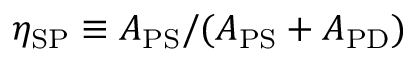
\eta _ { \mathrm { S P } } \equiv A _ { \mathrm { P S } } / ( A _ { \mathrm { P S } } + A _ { \mathrm { P D } } )